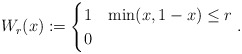
\begin{align*}W_r(x) := \begin{cases} 1 & \min(x, 1-x)\le r\\ 0 &\end{cases}.\end{align*}